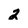
Character: 2